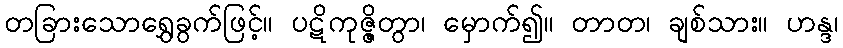
တခြားသောရွှေခွက်ဖြင့်။ ပဋိကုဇ္ဇိတွာ၊ မှောက်၍။ တာတ၊ ချစ်သား။ ဟန္ဒ၊